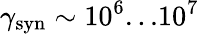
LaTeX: \gamma_{\mathrm{syn}}\sim 10^{6}...10^{7}